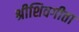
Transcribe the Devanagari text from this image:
श्रीशिवगीता